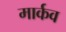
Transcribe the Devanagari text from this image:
मार्कव